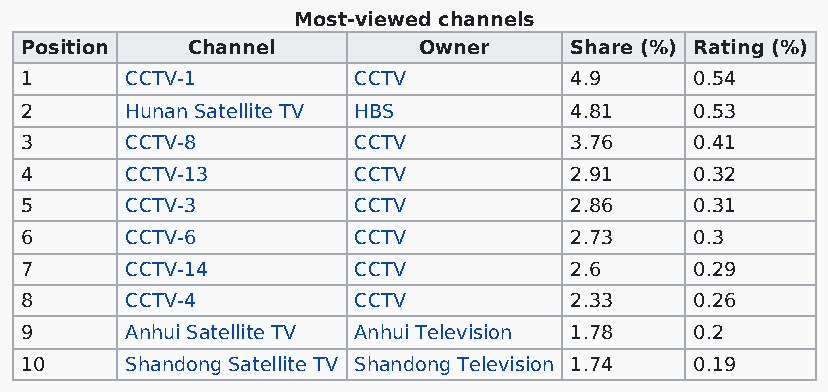
Most-viewed channels
 Position   Channel         Owner     Share (%) Rating (%)
 1      CCTV-1         CCTV           4.9     0.54
 2      Hunan Satellite TV HBS        4.81    0.53
 3      CCTV-8         CCTV           3.76    0.41
 4      CCTV-13        CCTV           2.91    0.32
 5      CCTV-3         CCTV           2.86    0.31
 6      CCTV-6         CCTV           2.73    0.3
 7      CCTV-14        CCTV           2.6     0.29
 8      CCTV-4         CCTV           2.33    0.26
 9      Anhui Satellite TV Anhui Television 1.78 0.2
 10     Shandong Satellite TV Shandong Television 1.74 0.19